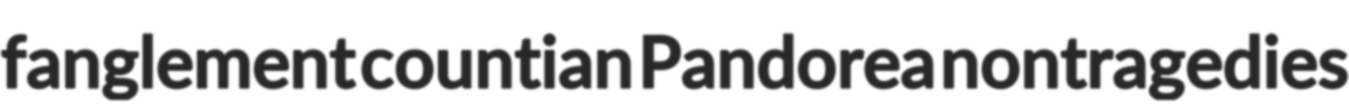
fanglement countian Pandorea nontragedies